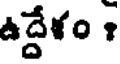
ఉద్దేశం ?